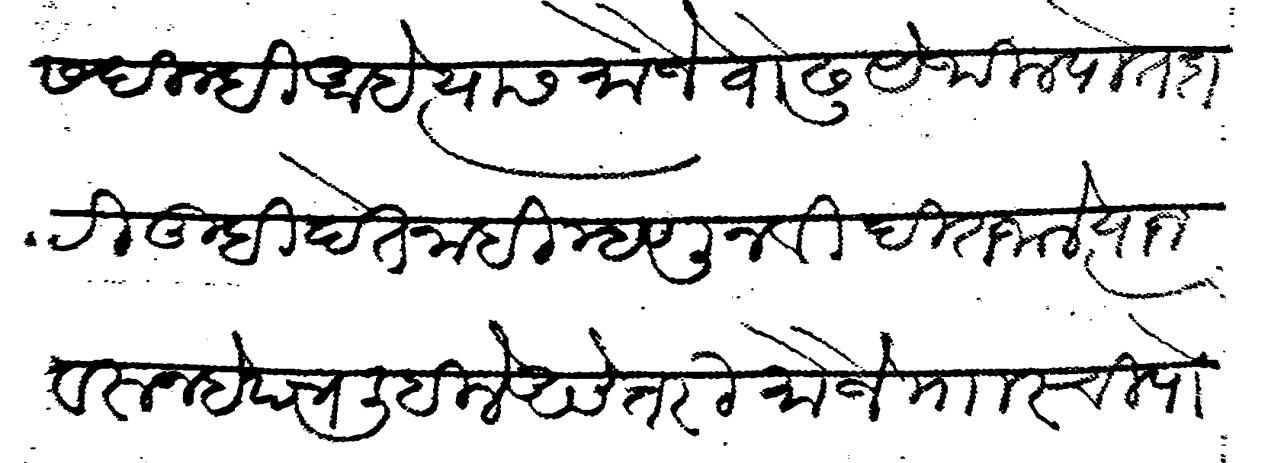
Transliteration (Devanagari): यास दिल्ही अहे त्यास मौजे वोढु येथील पोतदारी तुम्ही देत नाही म्हणून विदित जाले त्याजवरुन हे पत्र लिहिले असे तरी मौजे मरची पो